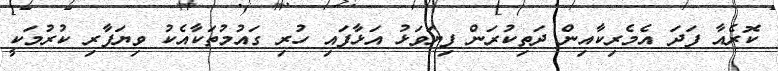
ކޮރެއާ ފަދަ އެމެރިކާއިން ދަތިކުރަން ފިޔަވަޅު އަޅާފައި ހުރި ގައުމުތަކާއެކު ވިޔަފާރި ކުރުމަކީ